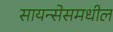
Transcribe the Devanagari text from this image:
सायन्सेसमधील